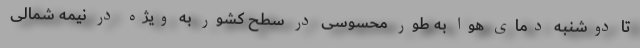
تا دوشنبه دمای هوا به طور محسوسی در سطح کشور به ویژه در نیمه شمالی